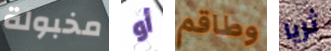
مخبولة أو وطاقم ثريا